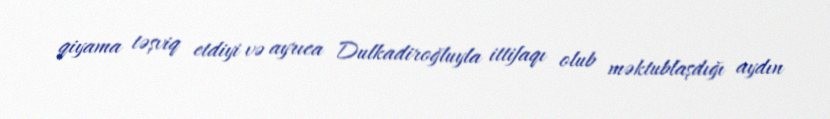
qiyama təşviq etdiyi və ayrıca Dulkadiroğluyla ittifaqı olub məktublaşdığı aydın